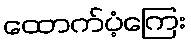
ထောက်ပံ့ကြေး